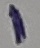
Text: 1